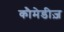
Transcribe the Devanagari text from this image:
कौमेडीज़